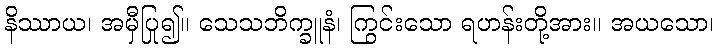
နိဿာယ၊ အမှီပြု၍။ သေသဘိက္ခူနံ၊ ကြွင်းသော ရဟန်းတို့အား။ အယသော၊